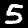
Digit: 5